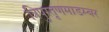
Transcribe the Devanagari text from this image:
त्रिपुरतृणमाडम्बर